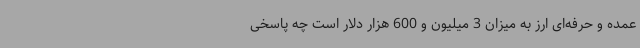
عمده و حرفه‌ای ارز به میزان 3 میلیون و 600 هزار دلار است چه پاسخی